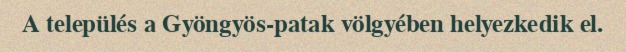
A település a Gyöngyös-patak völgyében helyezkedik el.